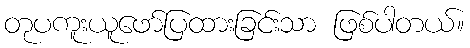
တုပကူးယူဖော်ပြထားခြင်းသာ ဖြစ်ပါတယ်။